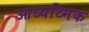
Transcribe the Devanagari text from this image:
आध्यथ्मिक